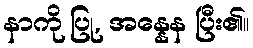
နာကို ပြု, အန္နေန ပြီး၏။